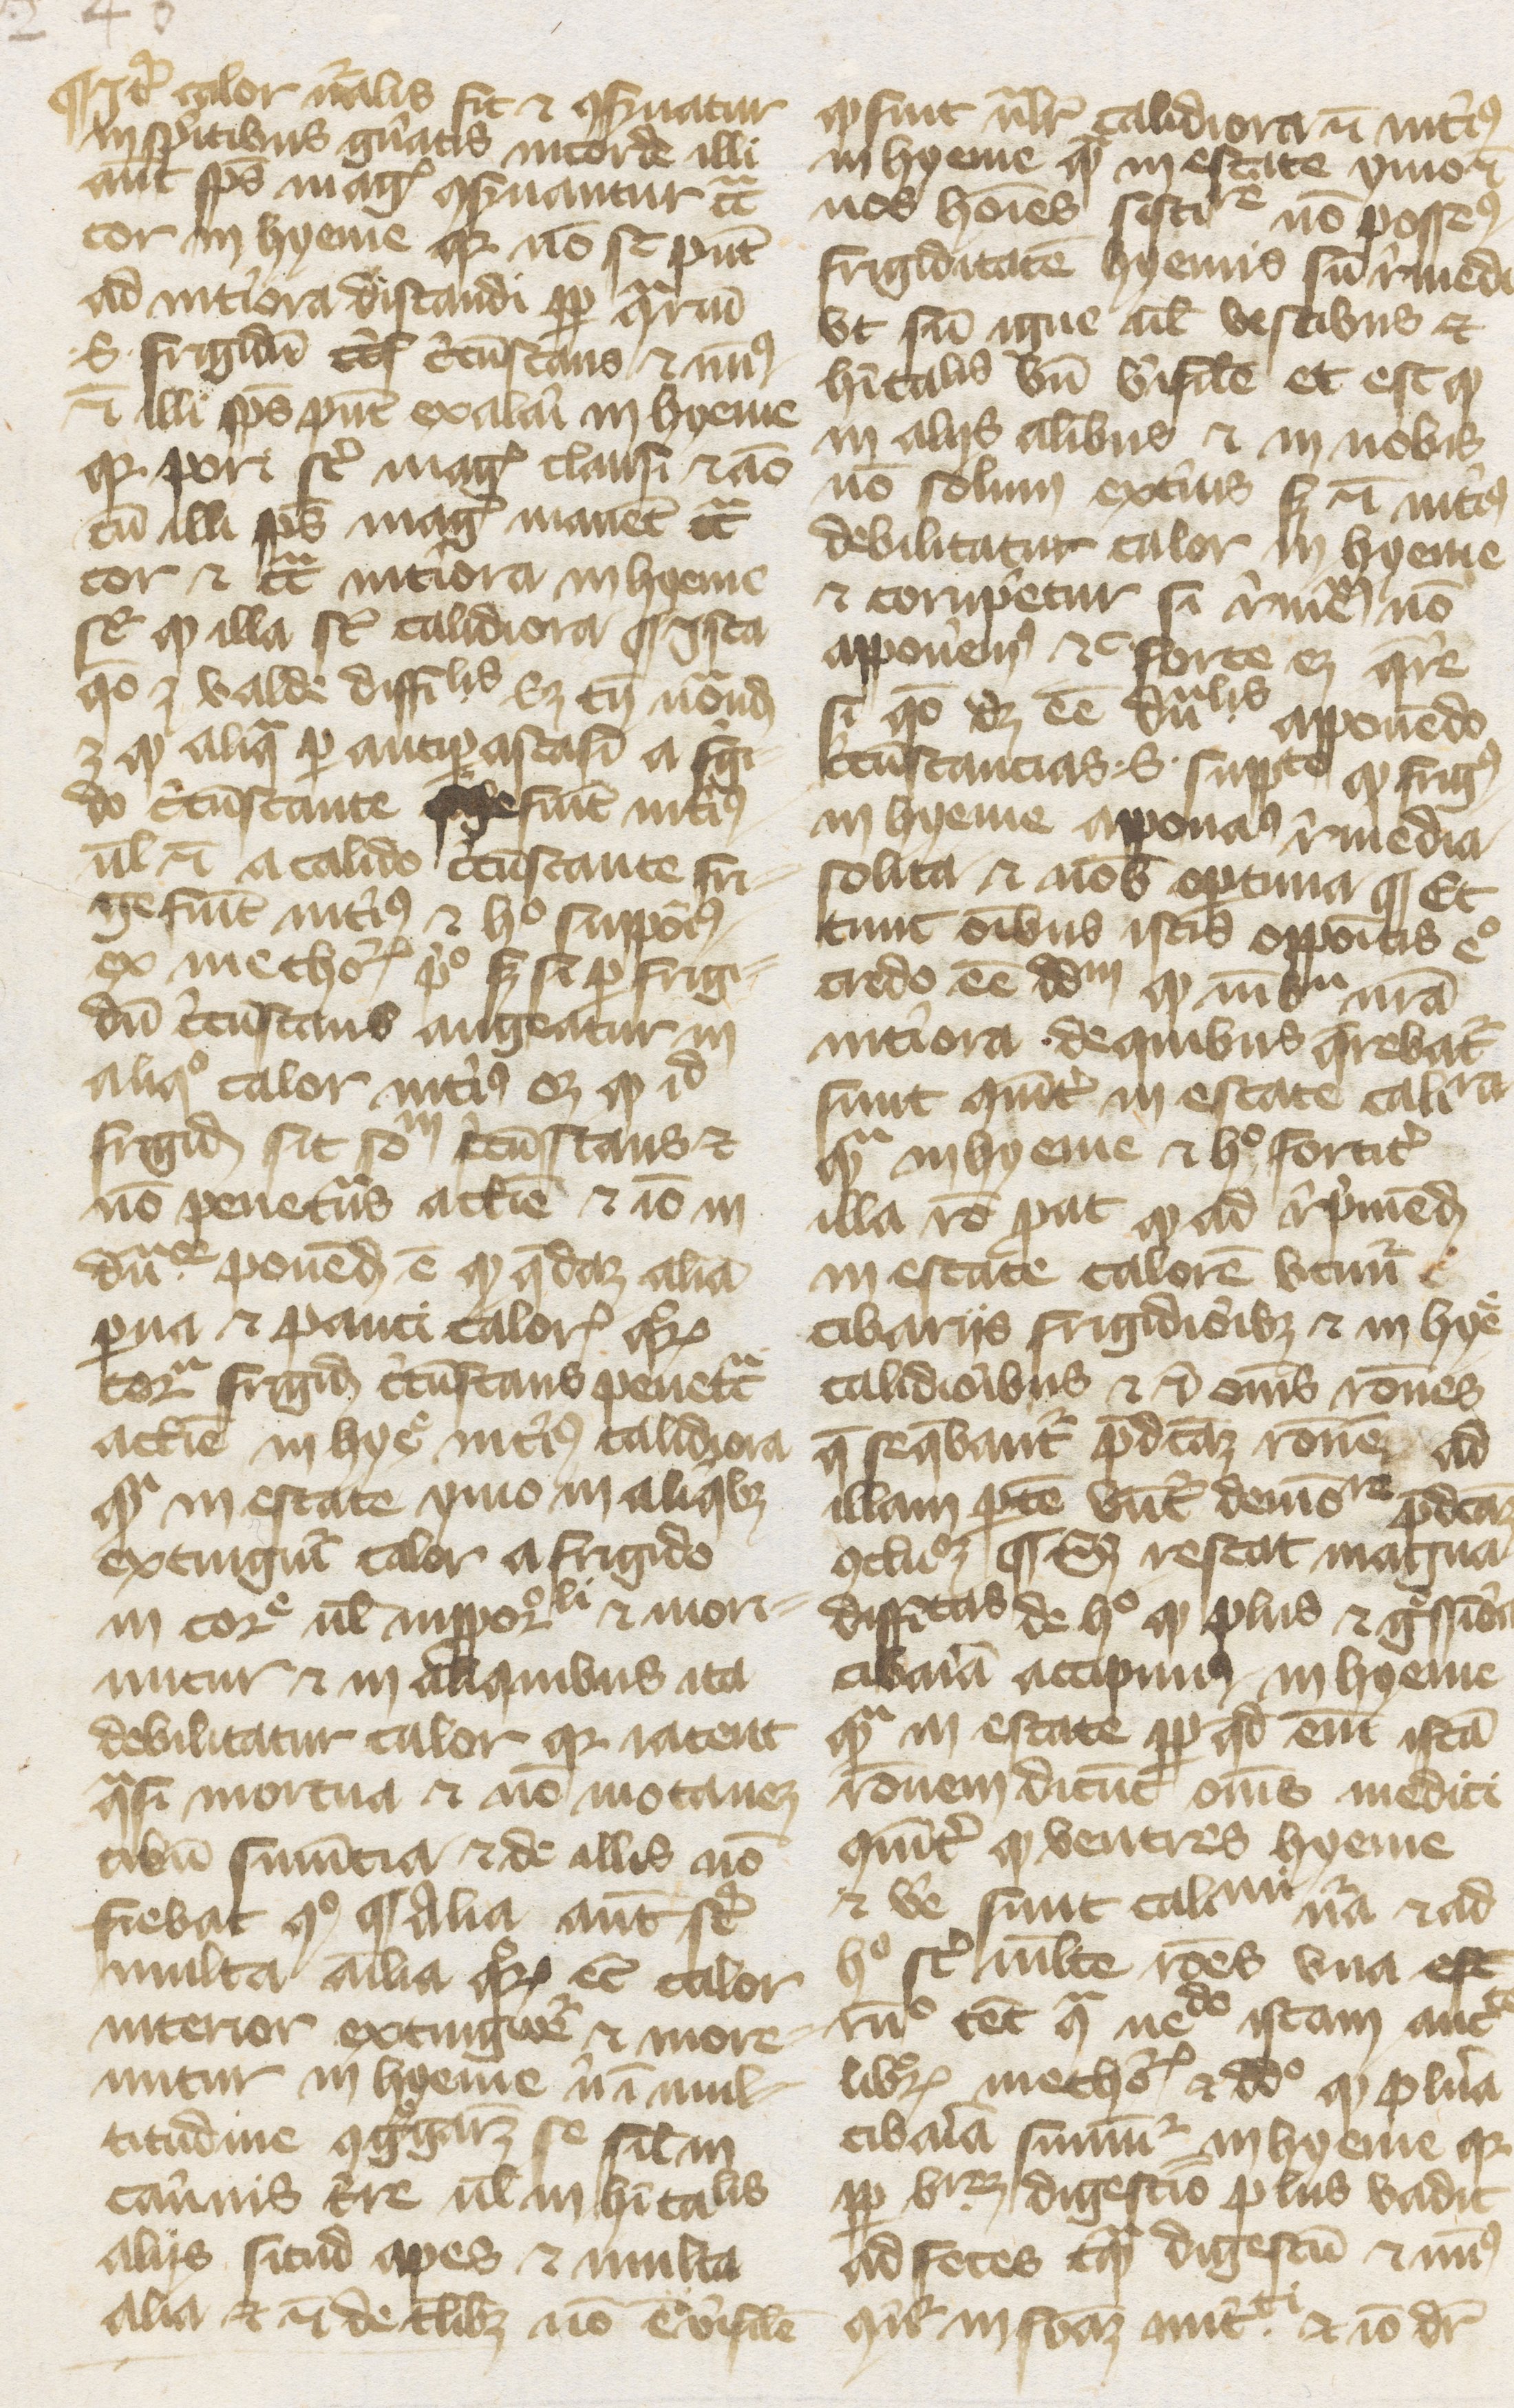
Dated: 1374–1374